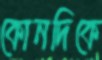
কোনদিকে